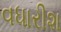
વધારીશ